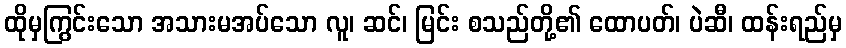
ထိုမှကြွင်းသော အသားမအပ်သော လူ၊ ဆင်၊ မြင်း စသည်တို့၏ ထောပတ်၊ ပဲဆီ၊ ထန်းရည်မှ